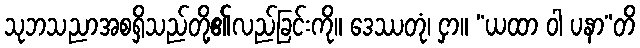
သုဘသညာအစရှိသည်တို့၏လည်ခြင်းကို။ ဒေဿတုံ၊ ငှာ။ “ယထာ ဝါ ပနာ”တိ